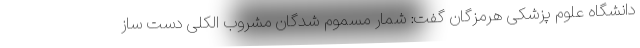
دانشگاه علوم پزشکی هرمزگان گفت: شمار مسموم شدگان مشروب الکلی دست ساز